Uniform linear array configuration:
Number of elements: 4
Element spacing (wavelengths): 1
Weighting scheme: blackman
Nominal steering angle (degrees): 30
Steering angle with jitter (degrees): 30.915
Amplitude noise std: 0.05
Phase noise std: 0.05

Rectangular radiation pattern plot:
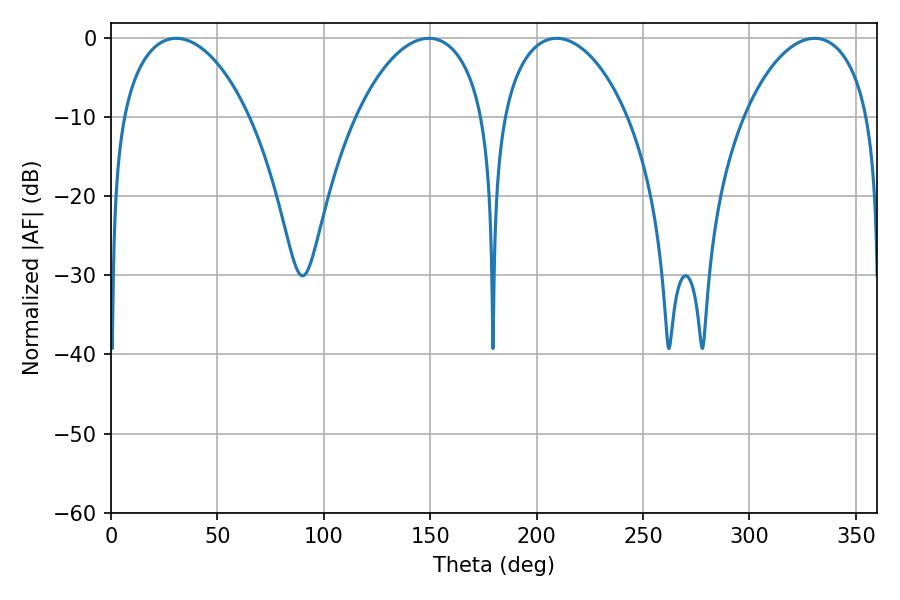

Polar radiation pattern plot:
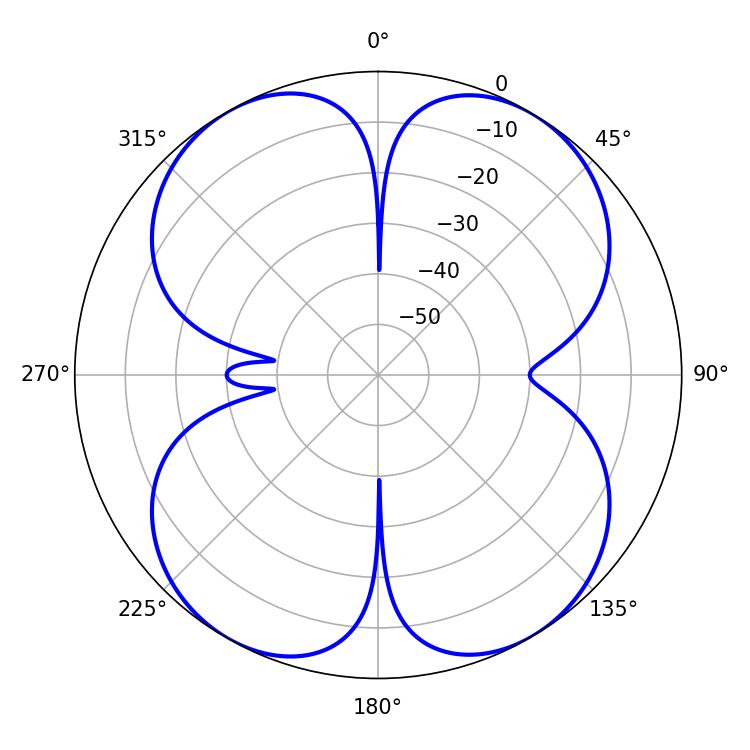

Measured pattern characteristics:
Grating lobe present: TRUE
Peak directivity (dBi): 17.06
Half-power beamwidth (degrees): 34.2
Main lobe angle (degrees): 30.6